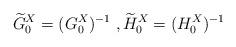
LaTeX: \begin{align*}\widetilde{G}_0^X=(G_0^X)^{-1}\;,\widetilde{H}_0^X=(H_0^X)^{-1}\end{align*}